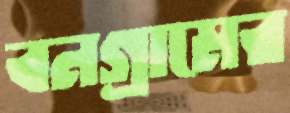
বনগ্রামের